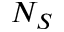
N _ { S }